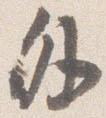
外